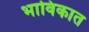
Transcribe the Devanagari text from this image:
भाविकात